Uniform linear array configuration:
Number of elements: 64
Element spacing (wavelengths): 0.5
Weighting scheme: exponential
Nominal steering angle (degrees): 45
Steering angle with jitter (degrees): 45.792
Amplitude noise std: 0.05
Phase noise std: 0.05

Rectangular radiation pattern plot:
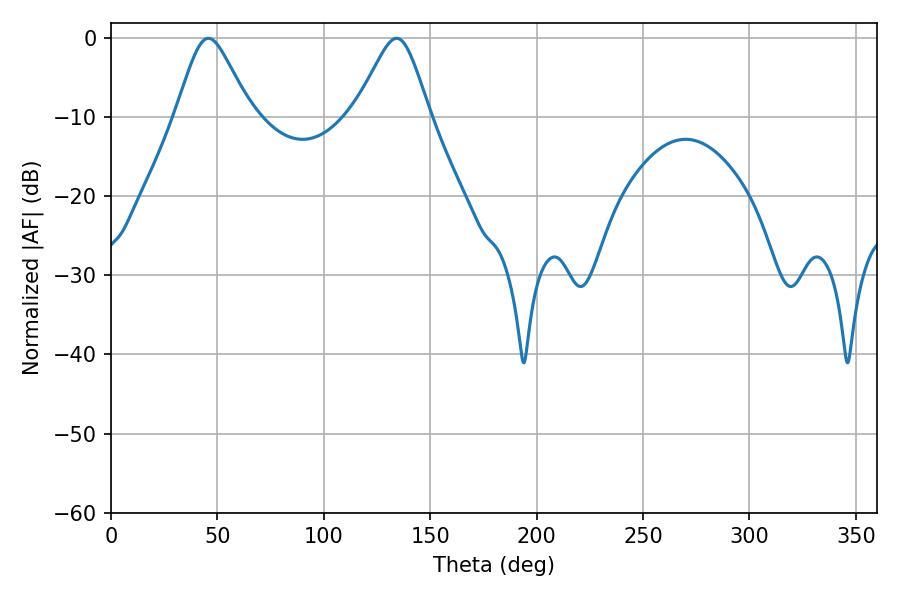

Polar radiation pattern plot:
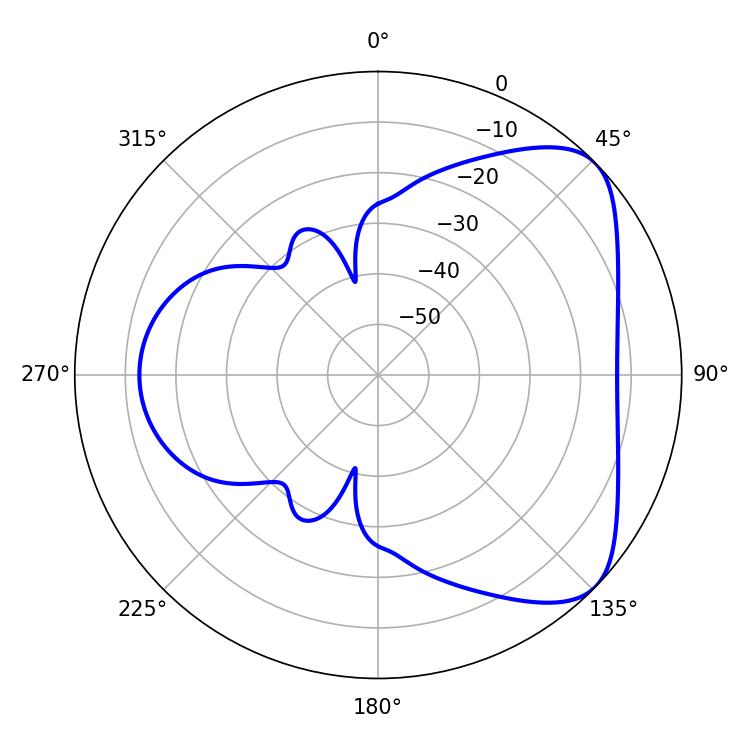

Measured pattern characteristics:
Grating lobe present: FALSE
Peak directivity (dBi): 5.859
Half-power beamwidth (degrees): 16.92
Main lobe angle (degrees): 45.72